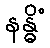
နန္ဓိံ